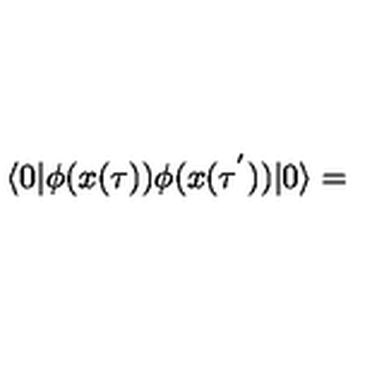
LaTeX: \langle 0 | \phi ( x ( \tau ) ) \phi ( x ( \tau ^ { ' } ) ) | 0 \rangle =